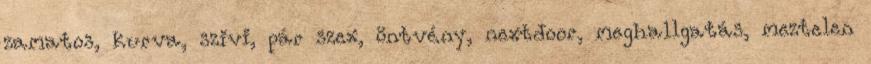
zamatos, kurva, szivi, pár szex, öntvény, nextdoor, meghallgatás, meztelen